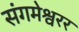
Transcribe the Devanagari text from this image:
संगमेश्वरर